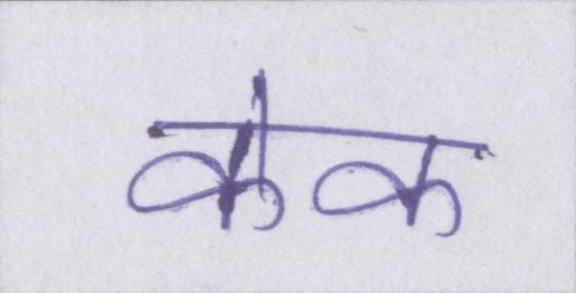
केक